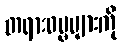
တရားဓမ္မများကို